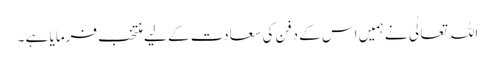
اللہ تعالٰی نے ہمیں اس کے دفن کی سعادت کے لیے منتخب فرمایا ہے ۔